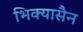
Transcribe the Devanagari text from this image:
भिक्यासैन